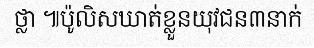
ថ្លា ៕ប៉ូលិសឃាត់ខ្លួនយុវជន៣នាក់